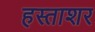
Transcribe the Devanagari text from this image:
हस्ताशर